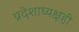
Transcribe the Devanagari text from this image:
प्रदेशाध्यक्षही